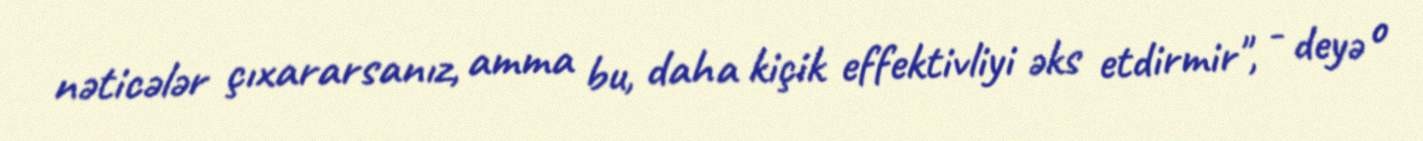
nəticələr çıxararsanız, amma bu, daha kiçik effektivliyi əks etdirmir", - deyə o